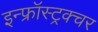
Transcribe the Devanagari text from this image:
इन्फ्रॉस्ट्रक्चर